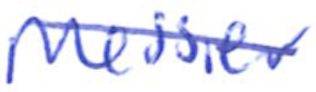
Text: Messier
Cross-out: diagonal
Writing tool: ballpoint